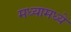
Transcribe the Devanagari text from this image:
मध्यामध्ये